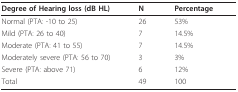
<table><thead><tr><td><b>Degree of Hearing loss (dB HL)</b></td><td><b>N</b></td><td><b>Percentage</b></td></tr></thead><tbody><tr><td>Normal (PTA: -10 to 25)</td><td>26</td><td>53%</td></tr><tr><td>Mild (PTA: 26 to 40)</td><td>7</td><td>14.5%</td></tr><tr><td>Moderate (PTA: 41 to 55)</td><td>7</td><td>14.5%</td></tr><tr><td>Moderately severe (PTA: 56 to 70)</td><td>3</td><td>3%</td></tr><tr><td>Severe (PTA: above 71)</td><td>6</td><td>12%</td></tr><tr><td>Total</td><td>49</td><td>100</td></tr></tbody></table>